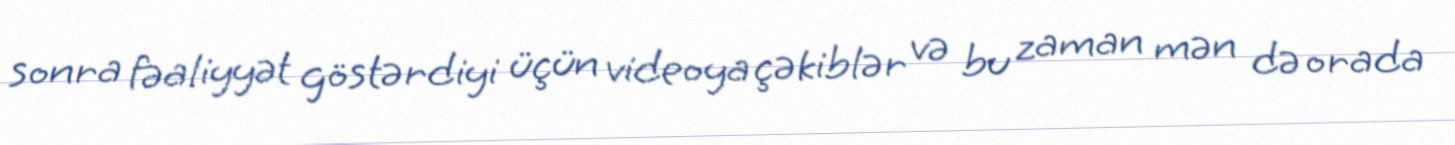
sonra fəaliyyət göstərdiyi üçün videoya çəkiblər və bu zaman mən də orada